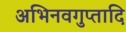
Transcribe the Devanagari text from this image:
अभिनवगुप्तादि